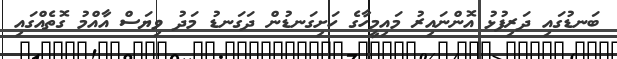
ބަނޑުގައި ދަރިފުޅު އޮންނައިރު މައިމީހާގެ ހަށިގަނޑުން ދަގަނޑު މަދު ވިޔަސް އާއްމު ގޮތެއްގައި